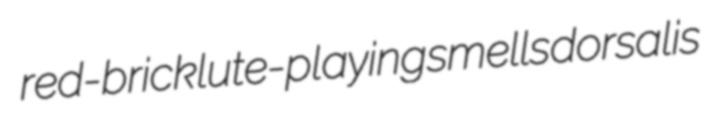
red-brick lute-playing smells dorsalis